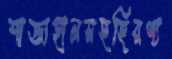
শাজাহানসহহিরণ্য